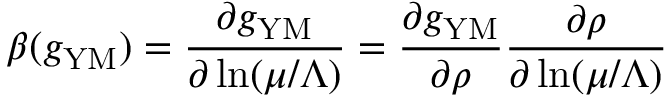
\beta ( g _ { \mathrm { Y M } } ) = \frac { \partial g _ { \mathrm { Y M } } } { \partial \ln ( \mu / \Lambda ) } = \frac { \partial g _ { \mathrm { Y M } } } { \partial \rho } \frac { \partial \rho } { \partial \ln ( \mu / \Lambda ) }